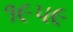
૧૯૫૯